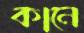
কানে